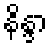
နိန္ဒာ